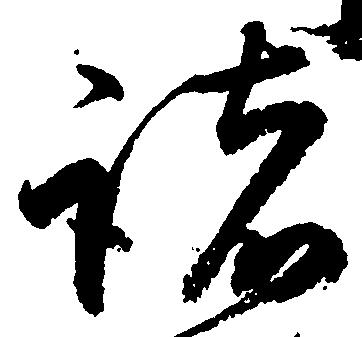
諸